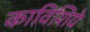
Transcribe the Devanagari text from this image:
काविशिये